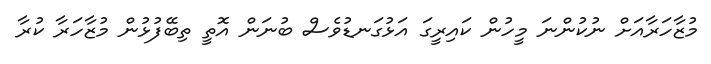
މުޒާހަރާއަށް ނުކުންނަ މީހުން ކައިރީގަ އަޅުގަނޑުވެސް ބުނަން އޮތީ ތިބޭފުޅުން މުޒާހަރާ ކުރާ